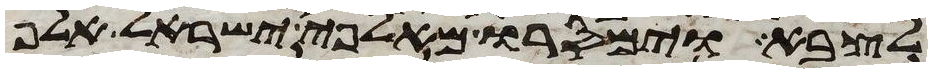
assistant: לצבא וימסרו מאלפי ישראל אלף